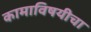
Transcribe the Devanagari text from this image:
कामाविषयीचा